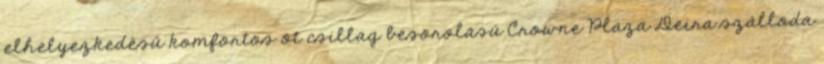
elhelyezkedésű komfortos öt csillag besorolású Crowne Plaza Deira szálloda